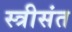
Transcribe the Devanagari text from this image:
स्त्रीसंत